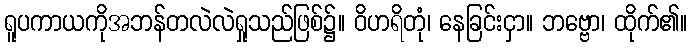
ရူပကာယကိုအဘန်တလဲလဲရှုသည်ဖြစ်၌။ ဝိဟရိတုံ၊ နေခြင်းငှာ။ ဘဗ္ဗော၊ ထိုက်၏။